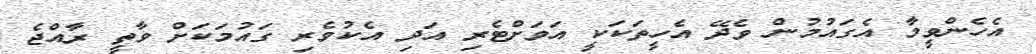
އެހެންވީމާ އެގައުމުން ވެދޭ އެހީތަކަކީ އަވަށްޓެރި އަދި އެކުވެރި ގައުމަކަށް ވާތީ ރާއްޖެ